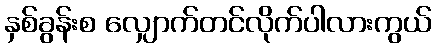
နှစ်ခွန်းစ လျှောက်တင်လိုက်ပါလားကွယ်